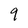
Character: 9